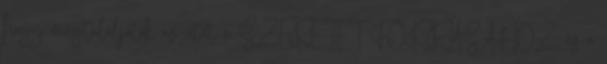
hogy megtaláljátok az utat a SZERETET FORRÁSÁHOZ, és a